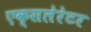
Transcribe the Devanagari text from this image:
एक्सलेरेटर